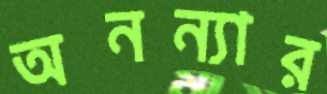
অনন্যার